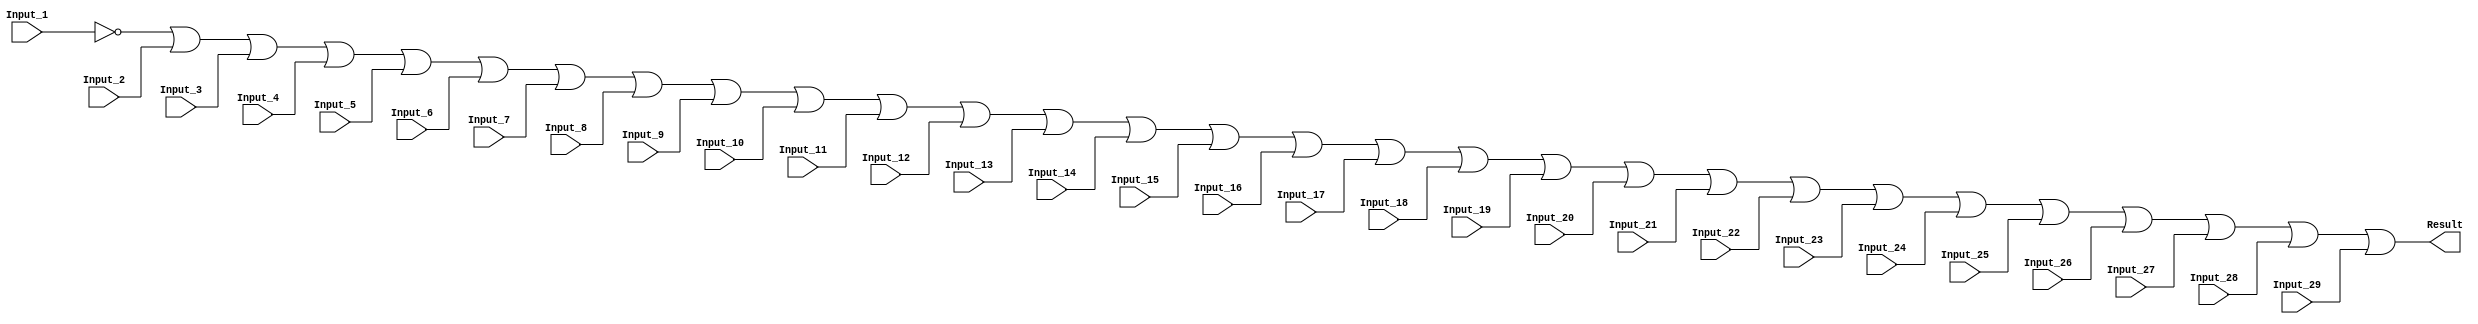
/******************************************************************************
 ** Logisim goes FPGA automatic generated Verilog code                       **
 **                                                                          **
 ** Component : OR_GATE_29_INPUTS                                            **
 **                                                                          **
 ******************************************************************************/

`timescale 1ns/1ps
module OR_GATE_29_INPUTS( Input_1,
                          Input_10,
                          Input_11,
                          Input_12,
                          Input_13,
                          Input_14,
                          Input_15,
                          Input_16,
                          Input_17,
                          Input_18,
                          Input_19,
                          Input_2,
                          Input_20,
                          Input_21,
                          Input_22,
                          Input_23,
                          Input_24,
                          Input_25,
                          Input_26,
                          Input_27,
                          Input_28,
                          Input_29,
                          Input_3,
                          Input_4,
                          Input_5,
                          Input_6,
                          Input_7,
                          Input_8,
                          Input_9,
                          Result);

   /***************************************************************************
    ** Here all module parameters are defined with a dummy value             **
    ***************************************************************************/
   parameter BubblesMask = 1;


   /***************************************************************************
    ** Here the inputs are defined                                           **
    ***************************************************************************/
   input  Input_1;
   input  Input_10;
   input  Input_11;
   input  Input_12;
   input  Input_13;
   input  Input_14;
   input  Input_15;
   input  Input_16;
   input  Input_17;
   input  Input_18;
   input  Input_19;
   input  Input_2;
   input  Input_20;
   input  Input_21;
   input  Input_22;
   input  Input_23;
   input  Input_24;
   input  Input_25;
   input  Input_26;
   input  Input_27;
   input  Input_28;
   input  Input_29;
   input  Input_3;
   input  Input_4;
   input  Input_5;
   input  Input_6;
   input  Input_7;
   input  Input_8;
   input  Input_9;

   /***************************************************************************
    ** Here the outputs are defined                                          **
    ***************************************************************************/
   output Result;

   /***************************************************************************
    ** Here the internal wires are defined                                   **
    ***************************************************************************/
   wire s_real_input_1;
   wire s_real_input_10;
   wire s_real_input_11;
   wire s_real_input_12;
   wire s_real_input_13;
   wire s_real_input_14;
   wire s_real_input_15;
   wire s_real_input_16;
   wire s_real_input_17;
   wire s_real_input_18;
   wire s_real_input_19;
   wire s_real_input_2;
   wire s_real_input_20;
   wire s_real_input_21;
   wire s_real_input_22;
   wire s_real_input_23;
   wire s_real_input_24;
   wire s_real_input_25;
   wire s_real_input_26;
   wire s_real_input_27;
   wire s_real_input_28;
   wire s_real_input_29;
   wire s_real_input_3;
   wire s_real_input_4;
   wire s_real_input_5;
   wire s_real_input_6;
   wire s_real_input_7;
   wire s_real_input_8;
   wire s_real_input_9;
   wire[28:0] s_signal_invert_mask;


   /***************************************************************************
    ** Here the bubbles are processed                                        **
    ***************************************************************************/
   assign s_signal_invert_mask = BubblesMask;
   assign s_real_input_1 = (s_signal_invert_mask[0]) ? ~Input_1: Input_1;
   assign s_real_input_2 = (s_signal_invert_mask[1]) ? ~Input_2: Input_2;
   assign s_real_input_3 = (s_signal_invert_mask[2]) ? ~Input_3: Input_3;
   assign s_real_input_4 = (s_signal_invert_mask[3]) ? ~Input_4: Input_4;
   assign s_real_input_5 = (s_signal_invert_mask[4]) ? ~Input_5: Input_5;
   assign s_real_input_6 = (s_signal_invert_mask[5]) ? ~Input_6: Input_6;
   assign s_real_input_7 = (s_signal_invert_mask[6]) ? ~Input_7: Input_7;
   assign s_real_input_8 = (s_signal_invert_mask[7]) ? ~Input_8: Input_8;
   assign s_real_input_9 = (s_signal_invert_mask[8]) ? ~Input_9: Input_9;
   assign s_real_input_10 = (s_signal_invert_mask[9]) ? ~Input_10: Input_10;
   assign s_real_input_11 = (s_signal_invert_mask[10]) ? ~Input_11: Input_11;
   assign s_real_input_12 = (s_signal_invert_mask[11]) ? ~Input_12: Input_12;
   assign s_real_input_13 = (s_signal_invert_mask[12]) ? ~Input_13: Input_13;
   assign s_real_input_14 = (s_signal_invert_mask[13]) ? ~Input_14: Input_14;
   assign s_real_input_15 = (s_signal_invert_mask[14]) ? ~Input_15: Input_15;
   assign s_real_input_16 = (s_signal_invert_mask[15]) ? ~Input_16: Input_16;
   assign s_real_input_17 = (s_signal_invert_mask[16]) ? ~Input_17: Input_17;
   assign s_real_input_18 = (s_signal_invert_mask[17]) ? ~Input_18: Input_18;
   assign s_real_input_19 = (s_signal_invert_mask[18]) ? ~Input_19: Input_19;
   assign s_real_input_20 = (s_signal_invert_mask[19]) ? ~Input_20: Input_20;
   assign s_real_input_21 = (s_signal_invert_mask[20]) ? ~Input_21: Input_21;
   assign s_real_input_22 = (s_signal_invert_mask[21]) ? ~Input_22: Input_22;
   assign s_real_input_23 = (s_signal_invert_mask[22]) ? ~Input_23: Input_23;
   assign s_real_input_24 = (s_signal_invert_mask[23]) ? ~Input_24: Input_24;
   assign s_real_input_25 = (s_signal_invert_mask[24]) ? ~Input_25: Input_25;
   assign s_real_input_26 = (s_signal_invert_mask[25]) ? ~Input_26: Input_26;
   assign s_real_input_27 = (s_signal_invert_mask[26]) ? ~Input_27: Input_27;
   assign s_real_input_28 = (s_signal_invert_mask[27]) ? ~Input_28: Input_28;
   assign s_real_input_29 = (s_signal_invert_mask[28]) ? ~Input_29: Input_29;

   /***************************************************************************
    ** Here the functionality is defined                                     **
    ***************************************************************************/
   assign Result = s_real_input_1 |
                   s_real_input_2 |
                   s_real_input_3 |
                   s_real_input_4 |
                   s_real_input_5 |
                   s_real_input_6 |
                   s_real_input_7 |
                   s_real_input_8 |
                   s_real_input_9 |
                   s_real_input_10 |
                   s_real_input_11 |
                   s_real_input_12 |
                   s_real_input_13 |
                   s_real_input_14 |
                   s_real_input_15 |
                   s_real_input_16 |
                   s_real_input_17 |
                   s_real_input_18 |
                   s_real_input_19 |
                   s_real_input_20 |
                   s_real_input_21 |
                   s_real_input_22 |
                   s_real_input_23 |
                   s_real_input_24 |
                   s_real_input_25 |
                   s_real_input_26 |
                   s_real_input_27 |
                   s_real_input_28 |
                   s_real_input_29;


endmodule